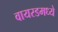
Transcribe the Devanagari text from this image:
वायरडमध्ये